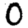
Digit: 0